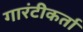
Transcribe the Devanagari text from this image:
गारंटीकर्ता